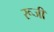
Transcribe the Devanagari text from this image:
रूजी